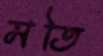
মতি